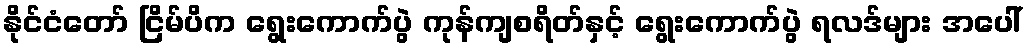
နိုင်ငံတော် ငြိမ်ပိက ရွေးကောက်ပွဲ ကုန်ကျစရိတ်နှင့် ရွေးကောက်ပွဲ ရလဒ်များ အပေါ်